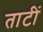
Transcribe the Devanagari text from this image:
ताटीं